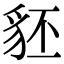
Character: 豾